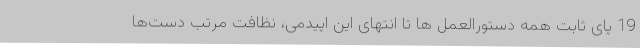
19 پای ثابت همه دستورالعمل ها تا انتهای این اپیدمی، نظافت مرتب دست‌ها